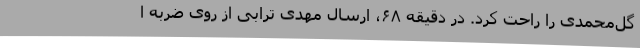
گل‌محمدی را راحت کرد. در دقیقه ۶۸، ارسال مهدی ترابی از روی ضربه ا